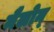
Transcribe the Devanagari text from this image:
मैलोन्